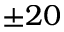
± 2 0